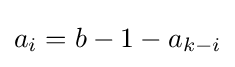
a_{i}=b-1-a_{k-i}